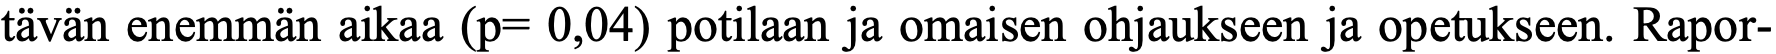
tävän enemmän aikaa (p= 0,04) potilaan ja omaisen ohjaukseen ja opetukseen. Rapor-